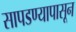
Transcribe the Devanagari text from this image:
सापडण्यापासून